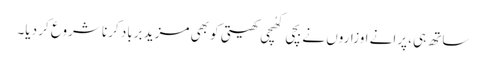
ساتھ ہی، پرانے اوزاروں نے بچی کھُچی کھیتی کو بھی مزید برباد کرنا شروع کر دیا۔